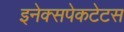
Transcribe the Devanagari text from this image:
इनेक्सपेकटेटस